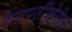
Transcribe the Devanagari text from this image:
दैतापतींखेरीज